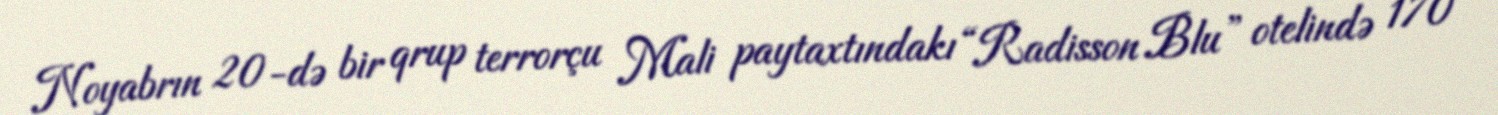
Noyabrın 20-də bir qrup terrorçu Mali paytaxtındakı “Radisson Blu” otelində 170